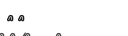
٤١